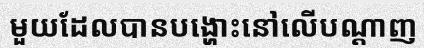
មួយដែលបានបង្ហោះនៅលើបណ្តាញ